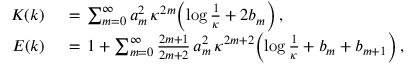
\begin{array} { r l } { K ( k ) \, } & { { } = \, \sum _ { m = 0 } ^ { \infty } a _ { m } ^ { 2 } \, \kappa ^ { 2 m } \Bigl ( \log \frac { 1 } { \kappa } + 2 b _ { m } \Bigr ) \, , } \\ { E ( k ) \, } & { { } = \, 1 + \sum _ { m = 0 } ^ { \infty } \frac { 2 m + 1 } { 2 m + 2 } \, a _ { m } ^ { 2 } \, \kappa ^ { 2 m + 2 } \Bigl ( \log \frac { 1 } { \kappa } + b _ { m } + b _ { m + 1 } \Bigr ) \, , } \end{array}